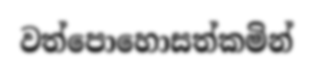
වත්පොහොසත්කමින්